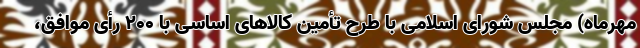
مهرماه) مجلس شورای اسلامی با طرح تأمین کالاهای اساسی با ۲۰۰ رأی موافق،